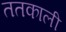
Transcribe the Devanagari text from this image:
ततकाली